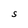
Character: S